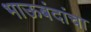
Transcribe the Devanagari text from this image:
भाऊबंदांचा